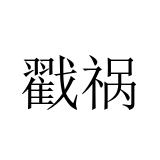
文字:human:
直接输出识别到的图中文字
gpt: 戳祸